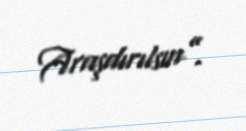
Araşdırılsın”.